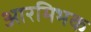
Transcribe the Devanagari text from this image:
आरमिभक